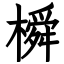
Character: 橓